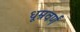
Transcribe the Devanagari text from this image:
धूम्रवर्णं